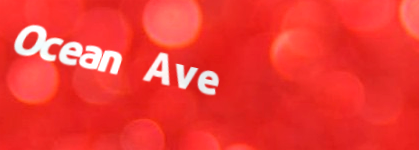
Ocean Ave